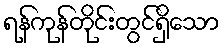
ရန်ကုန်တိုင်းတွင်ရှိသော